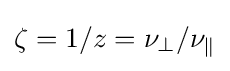
\zeta =1/z=\nu _{\perp }/\nu _{\parallel }